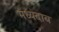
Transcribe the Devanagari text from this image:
मध्यदाब